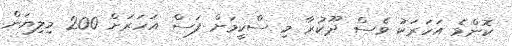
ކޮންމެ އަހަރަކު ވެސް ދޫކުރާ މި ސްކީމަށް ފަސް އަހަރަށް 200 މިލިޔަން